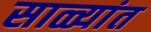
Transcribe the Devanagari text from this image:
साळ्यांत